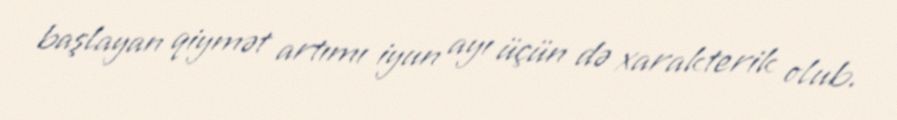
başlayan qiymət artımı iyun ayı üçün də xarakterik olub.